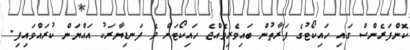
ކޮންފަރެންސް ގައި ހައިކޯޓުގެ ފަރާތުން ބައިވެރިވެއްޖެ ހައިކޯޓަށް ދެ ފަނޑިޔާރަކު އައްޔަން ކުރައްވައިފި.